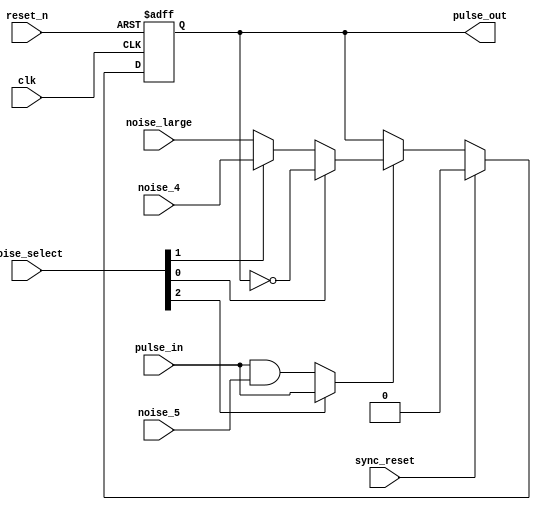
// Converted to Verilog from original VHDL code (c) 2013 mark watson

`timescale 1 ps / 1 ps

module pokey_noise_filter(clk, reset_n, noise_select, pulse_in, noise_4, noise_5, noise_large, sync_reset, pulse_out);
   input       clk;
   input       reset_n;
   
   input [2:0] noise_select;
   
   input       pulse_in;
   
   input       noise_4;
   input       noise_5;
   input       noise_large;
   
   input       sync_reset;
   
   output      pulse_out;
   
   
   reg         audclk;
   reg         out_next;
   reg         out_reg;
   
   always @(posedge clk or negedge reset_n)
      if (reset_n == 1'b0)
         out_reg <= 1'b0;
      else 
         out_reg <= out_next;
   
   assign pulse_out = out_reg;
   
   
   always @(pulse_in or noise_4 or noise_5 or noise_large or noise_select or audclk or out_reg or sync_reset)
   begin
      audclk <= pulse_in;
      out_next <= out_reg;
      
      if (noise_select[2] == 1'b0)
         audclk <= pulse_in & noise_5;
      
      if (audclk == 1'b1)
      begin
         if (noise_select[0] == 1'b1)
            out_next <= (~(out_reg));
         else
            if (noise_select[1] == 1'b1)
               out_next <= noise_4;
            else
               out_next <= noise_large;
      end
      
      if (sync_reset == 1'b1)
         out_next <= 1'b0;
   end
   
endmodule